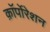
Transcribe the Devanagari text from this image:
क़ाॅर्पोरेशन